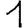
Digit: 1